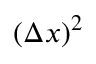
( \Delta x ) ^ { 2 }